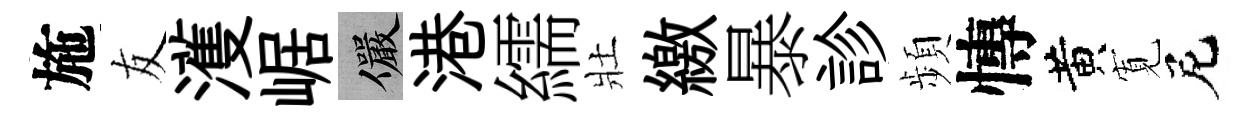
施友濩崌儼港繻壯繳暴診頻慱黄𡩖尼